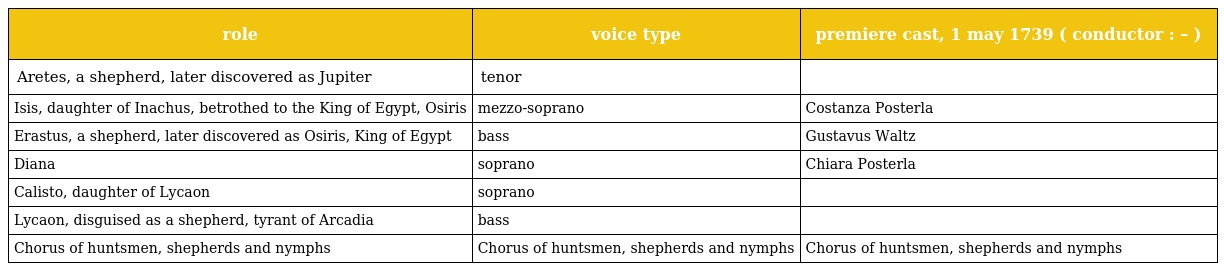
| role | voice type | premiere cast, 1 may 1739 ( conductor : – ) |
 | --- | --- | --- |
 | Aretes, a shepherd, later discovered as Jupiter | tenor |  |
 | Isis, daughter of Inachus, betrothed to the King of Egypt, Osiris | mezzo-soprano | Costanza Posterla |
 | Erastus, a shepherd, later discovered as Osiris, King of Egypt | bass | Gustavus Waltz |
 | Diana | soprano | Chiara Posterla |
 | Calisto, daughter of Lycaon | soprano |  |
 | Lycaon, disguised as a shepherd, tyrant of Arcadia | bass |  |
 | Chorus of huntsmen, shepherds and nymphs | Chorus of huntsmen, shepherds and nymphs | Chorus of huntsmen, shepherds and nymphs |